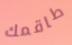
طاقمك